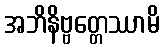
အဘိနိဗ္ဗတ္တေဿာမိ